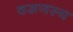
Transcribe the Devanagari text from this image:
वरूणस्य